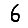
Digit: 6